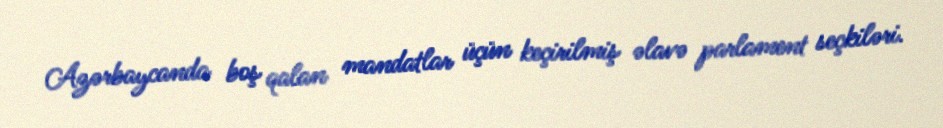
Azərbaycanda boş qalan mandatlar üçün keçirilmiş əlavə parlament seçkiləri.